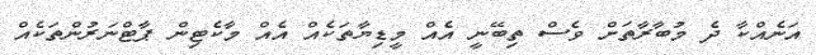
އަނެއްކާ ދެ މުބާރާތަށް ވެސް ތިބޭނީ އެއް މީޑިޔާތަކެއް އެއް މާކެޓިން ޕާޓްނަރުންތަކެއް